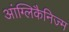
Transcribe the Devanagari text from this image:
आंग्लिकैनिज्म